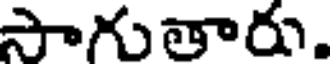
సాగుతారు.